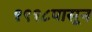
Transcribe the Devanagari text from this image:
१९१८पासून